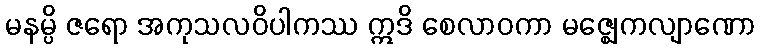
မနမ္ပိ ဇရော အကုသလဝိပါကဿ ဣဒိ စေလာဝကာ မဇ္ဈေကလျာဏော